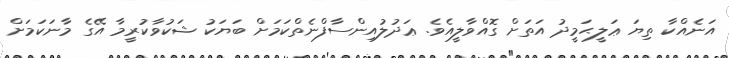
އަނެއްކާ ތިޔަ ޢަލީޙަމީދު އަތަށް ގޮއްވާލީއެވެ. ޢަދުލުއިންސާފްނެތްކަމަށް ބަޔަކު ޝަކުވާކުރީމާ އޭގެ މާނަކަމަށް